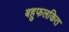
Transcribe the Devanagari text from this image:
बहुफलकित